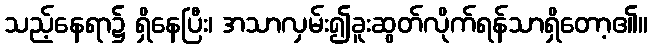
သည့်နေရာ၌ ရှိနေပြီး၊ အသာလှမ်း၍ခူးဆွတ်လိုက်ရန်သာရှိတော့၏။